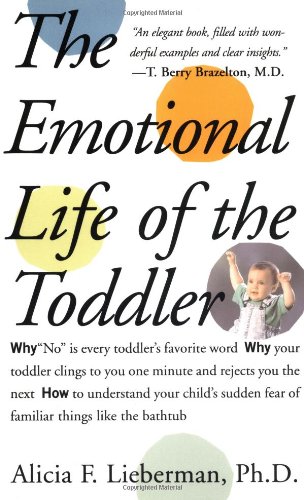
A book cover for The Emotional Life of the Toddler; Alicia F. Lieberman; Self-Help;